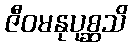
ဇီဝမနုပုစ္ဆသိ